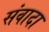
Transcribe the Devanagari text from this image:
संवादा